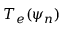
T _ { e } ( \psi _ { n } )